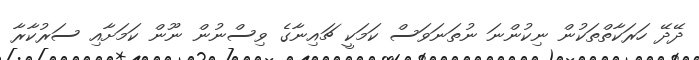
ދޭދޭ ހަރަކާތްތަކުން ނިކުންނަ ނުތަނަވަސް ކަމަކީ ޗައިނާގެ ވިސްނުން ނޫން ކަމަށާއި ސަރުކާރާ